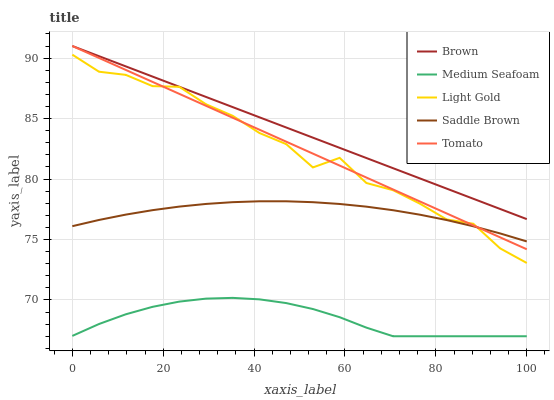
| xaxis_label | Brown | Medium Seafoam | Light Gold | Saddle Brown | Tomato |
 | --- | --- | --- | --- | --- | --- |
 | 0 | 91 | 67 | 90.3 | 76.1 | 91 |
 | 5.88 | 90.2 | 68 | 88.9 | 76.6 | 90 |
 | 11.8 | 89.3 | 68.8 | 88.6 | 77.1 | 89 |
 | 17.6 | 88.5 | 69.4 | 87.7 | 77.4 | 88 |
 | 23.5 | 87.6 | 69.9 | 87.6 | 77.7 | 87 |
 | 29.4 | 86.8 | 70.1 | 86.2 | 77.9 | 86.1 |
 | 35.3 | 85.9 | 70.2 | 85.2 | 78.1 | 85.1 |
 | 41.2 | 85.1 | 70.1 | 83.8 | 78.2 | 84.1 |
 | 47.1 | 84.3 | 69.7 | 82.9 | 78.2 | 83.1 |
 | 52.9 | 83.4 | 69.3 | 81 | 78.1 | 82.1 |
 | 58.8 | 82.6 | 68.6 | 81.8 | 77.9 | 81.1 |
 | 64.7 | 81.7 | 67.7 | 79.7 | 77.7 | 80.1 |
 | 70.6 | 80.9 | 67 | 79.1 | 77.4 | 79.1 |
 | 76.5 | 80.1 | 67 | 78 | 77.1 | 78.1 |
 | 82.4 | 79.2 | 67 | 76.7 | 76.6 | 77.2 |
 | 88.2 | 78.4 | 67 | 76.3 | 76.1 | 76.2 |
 | 94.1 | 77.5 | 67 | 74.3 | 75.5 | 75.2 |
 | 100 | 76.7 | 67 | 73.1 | 74.8 | 74.2 |